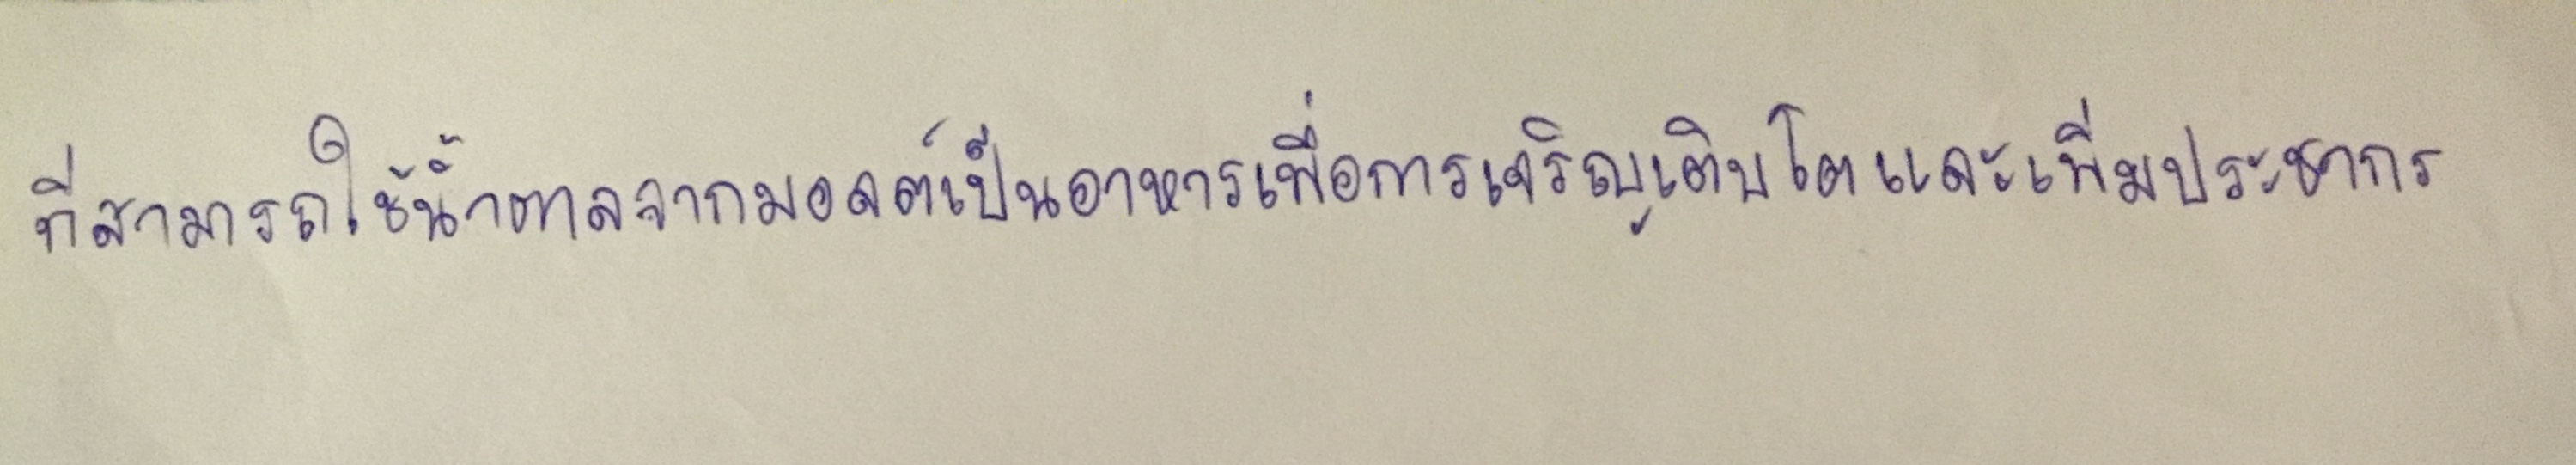
ที่สามารถใช้น้ำตาลจากมอลต์เป็นอาหารเพื่อการเจริญเติบโตและเพิ่มประชากร